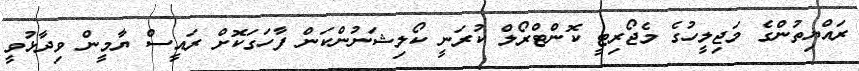
ރައްޔިތުންގެ މަޖިލީހުގެ މެޖޯރިޓީ ކޮންޓްރޯލް ކުރަނީ ކޯލިޝަނުންކަން ފާހަގަކޮށް ރައީސް ޔާމީން ވިދާޅުވީ